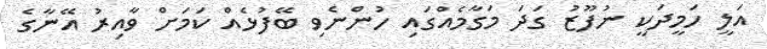
އަލީ ހަމީދަކީ ނުފޫޒު ގަދަ މަގާމެއްގައި ހުންނެވި ބޭފުޅެއް ކަމަށް ވާއިރު އޭނާގެ